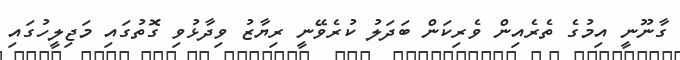
ގާނޫނީ އިމުގެ ތެރެއިން ވެރިކަން ބަދަލު ކުރެވޭނީ ރިޔާޒު ވިދާޅުވި ގޮތުގައި މަޖިލީހުގައި